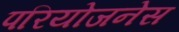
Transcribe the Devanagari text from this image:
परियोजनेस